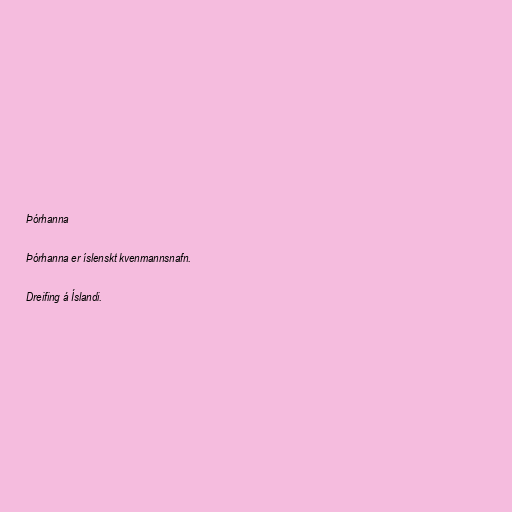
Þórhanna

Þórhanna er íslenskt kvenmannsnafn.

Dreifing á Íslandi.